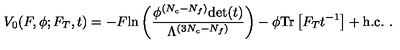
V _ { 0 } ( F , \phi ; F _ { T } , t ) = - F \mathrm { l n } \left( \frac { \phi ^ { ( N _ { c } - N _ { f } ) } \mathrm { d e t } ( t ) } { \Lambda ^ { ( 3 N _ { c } - N _ { f } ) } } \right) - \phi \mathrm { T r } \left[ F _ { T } t ^ { - 1 } \right] + \mathrm { h . c . } \ .